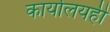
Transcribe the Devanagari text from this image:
कार्यालयही